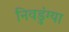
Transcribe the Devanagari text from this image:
निवडुंग्या